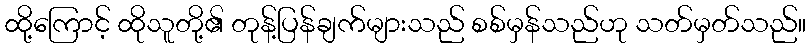
ထို့ကြောင့် ထိုသူတို့၏ တုန့်ပြန်ချက်များသည် စစ်မှန်သည်ဟု သတ်မှတ်သည်။